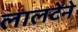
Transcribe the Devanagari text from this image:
लालटेने